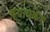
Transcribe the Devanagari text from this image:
व्यायकेश